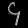
Digit: ၄